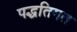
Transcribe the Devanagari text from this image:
पद्धतिगत